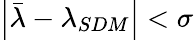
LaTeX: \left|\bar{\lambda}-\lambda_{SDM}\right|<\sigma